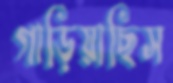
গাড়িয়াছিস